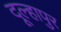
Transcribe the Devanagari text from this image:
दूल्हापुर